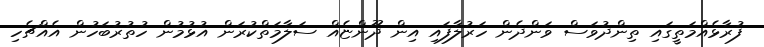
ފުރާޅެއްމަތީގައި ތިންދުވަސް ވަންދެން ހަރުލާފައި އިން ދޫންޏެއް ސަލާމަތްކުރަން އުޅުމުން ހުތުރުބަހުން އެއްޗެހި